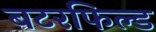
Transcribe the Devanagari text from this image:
बटरफिल्ड